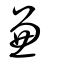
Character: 兼